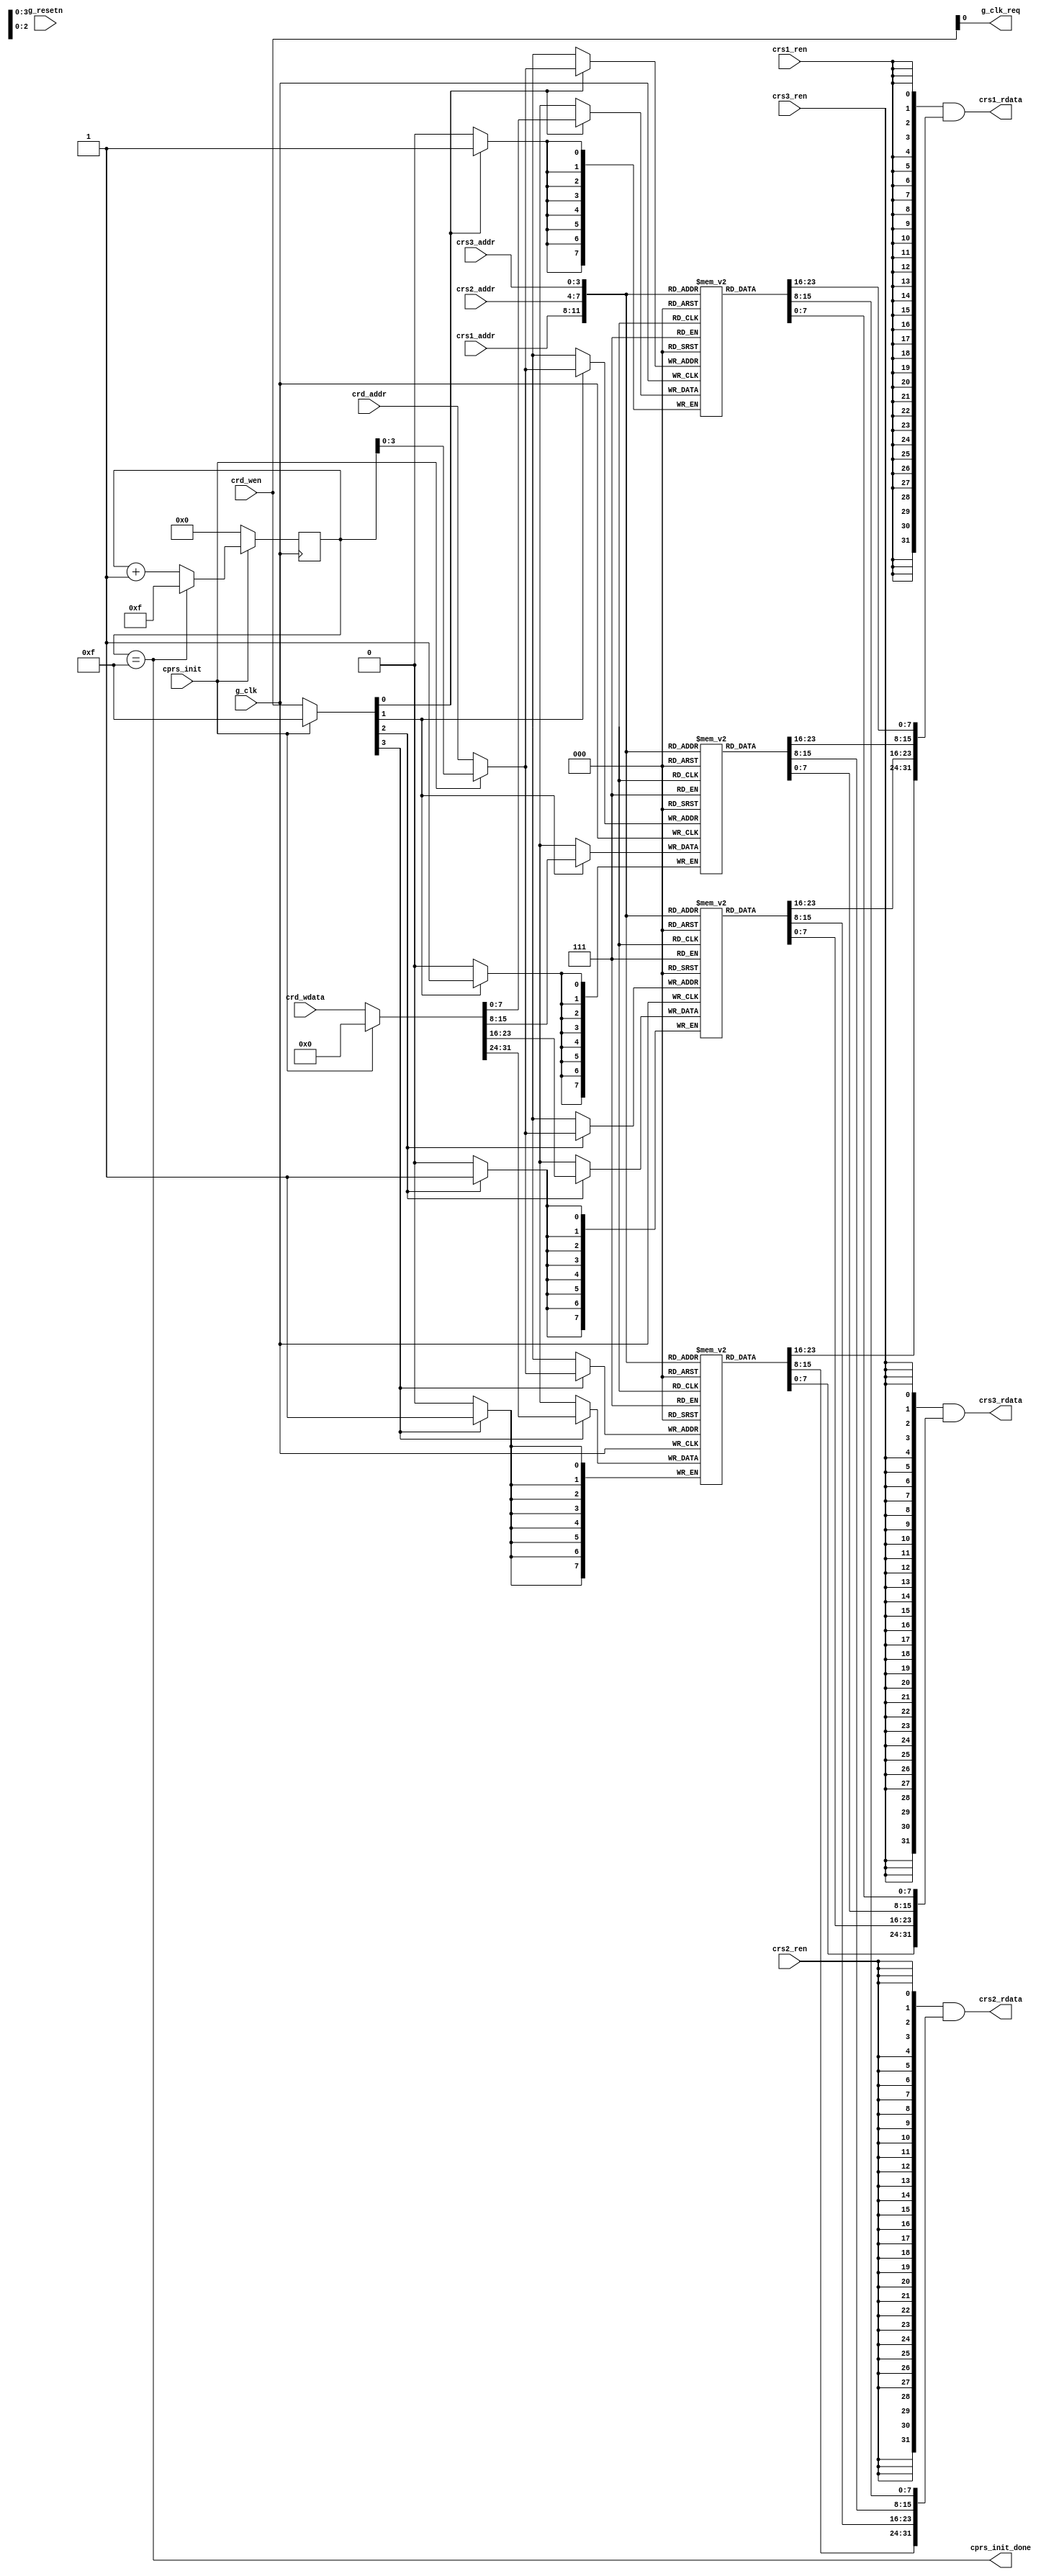
//
// SCARV Project
// 
// University of Bristol
// 
// RISC-V Cryptographic Instruction Set Extension
// 
// Reference Implementation
// 
// 

`ifdef FORMAL
`include "fml_common.vh"
`endif

//
// module: scarv_cop_cprs
//
//  The general purpose register file used by the COP.
//
module scarv_cop_cprs (

input  wire             g_clk         , // Global clock
output wire             g_clk_req     , // Clock request
input  wire             g_resetn      , // Synchronous active low reset.

`ifdef FORMAL
`VTX_REGISTER_PORTS_OUT(cprs_snoop)
`endif

input  wire             cprs_init     , // xc.init being executed.
output wire             cprs_init_done, // xc.init being executed.

input  wire             crs1_ren      , // Port 1 read enable
input  wire [ 3:0]      crs1_addr     , // Port 1 address
output wire [31:0]      crs1_rdata    , // Port 1 read data

input  wire             crs2_ren      , // Port 2 read enable
input  wire [ 3:0]      crs2_addr     , // Port 2 address
output wire [31:0]      crs2_rdata    , // Port 2 read data

input  wire             crs3_ren      , // Port 3 read enable
input  wire [ 3:0]      crs3_addr     , // Port 3 address
output wire [31:0]      crs3_rdata    , // Port 3 read data

input  wire [ 3:0]      crd_wen       , // Port 4 write enable
input  wire [ 3:0]      crd_addr      , // Port 4 address
input  wire [31:0]      crd_wdata       // Port 4 write data

);

// Only need a clock when doing a write.
assign g_clk_req = crd_wen;

// Storage for the registers
reg [7:0] cprs_0 [15:0];
reg [7:0] cprs_1 [15:0];
reg [7:0] cprs_2 [15:0];
reg [7:0] cprs_3 [15:0];

`ifdef FORMAL

// Helper logic to make it easier for tracer to access CPRS.
genvar i;
wire [31:0] cprs[15:0];

generate for(i = 0; i < 16; i = i + 1) begin
    assign cprs[i] = {cprs_3[i],cprs_2[i],cprs_1[i],cprs_0[i]};

    always @(posedge g_clk) if(!g_resetn) cprs_0[i] <= $anyconst;
    always @(posedge g_clk) if(!g_resetn) cprs_1[i] <= $anyconst;
    always @(posedge g_clk) if(!g_resetn) cprs_2[i] <= $anyconst;
    always @(posedge g_clk) if(!g_resetn) cprs_3[i] <= $anyconst;

end endgenerate

// See ./verif/formal/fml_common.vh
`VTX_REGISTER_PORTS_ASSIGNR(cprs_snoop,cprs)
`endif


reg  [4:0] init_fsm;
wire [4:0] n_init_fsm = init_fsm + 1;

assign cprs_init_done = init_fsm == 15;

always @(posedge g_clk) begin
    if(cprs_init) begin
        init_fsm <= init_fsm == 15 ? 15 : n_init_fsm;
    end else begin
        init_fsm <= 0;
    end
end

wire [ 3:0] wen     = cprs_init ? 4'hF      : crd_wen;
wire [31:0] wdata   = cprs_init ? 32'b0     : crd_wdata;
wire [ 3:0] addr    = cprs_init ? init_fsm  : crd_addr;

//
// Read port logic
//

assign crs1_rdata = {32{crs1_ren}} & 
    {cprs_3[crs1_addr],cprs_2[crs1_addr],cprs_1[crs1_addr],cprs_0[crs1_addr]};

assign crs2_rdata = {32{crs2_ren}} &
    {cprs_3[crs2_addr],cprs_2[crs2_addr],cprs_1[crs2_addr],cprs_0[crs2_addr]};

assign crs3_rdata = {32{crs3_ren}} &
    {cprs_3[crs3_addr],cprs_2[crs3_addr],cprs_1[crs3_addr],cprs_0[crs3_addr]};

//
// Generate logic for each register.
//

always @(posedge g_clk) if(wen[3]) cprs_3[addr] <= wdata[31:24];
always @(posedge g_clk) if(wen[2]) cprs_2[addr] <= wdata[23:16];
always @(posedge g_clk) if(wen[1]) cprs_1[addr] <= wdata[15: 8];
always @(posedge g_clk) if(wen[0]) cprs_0[addr] <= wdata[ 7: 0];

endmodule